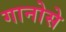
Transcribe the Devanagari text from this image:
गानोसे